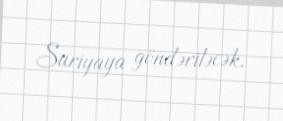
Suriyaya göndəriləcək.